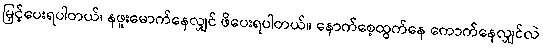
မြှင့်ပေးရပါတယ်၊ နဖူးမောက်နေလျှင် ဖိပေးရပါတယ်။ နောက်စေ့ထွက်နေ ကောက်နေလျှင်လဲ